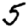
Digit: 5